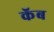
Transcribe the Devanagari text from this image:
कॅब